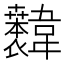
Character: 𫖐